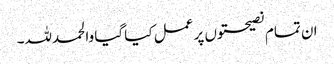
ان تمام نصیحتوں پر عمل کیا گیا والحمدللہ۔